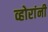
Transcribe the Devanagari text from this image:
व्होरांनी